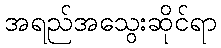
အရည်အသွေးဆိုင်ရာ